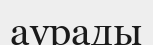
аурады